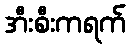
အီးစီးကရက်